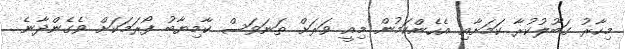
މިހާރު ގަބޫލުކުރާ ކަމަށާއި އެހެންކަމުން މިއީ ވަރަށް ތަނަވަސް ކާމިޔާބު ފޯރަމަކަށް ވެގެންދާނެ